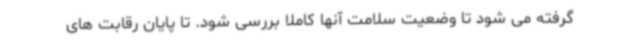
گرفته می شود تا وضعیت سلامت آنها کاملا بررسی شود. تا پایان رقابت های